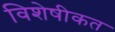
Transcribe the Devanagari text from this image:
विशेषीकत